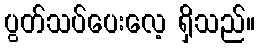
ပွတ်သပ်ပေးလေ့ ရှိသည်။